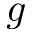
\boldsymbol { g }